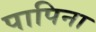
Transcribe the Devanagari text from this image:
पापिना